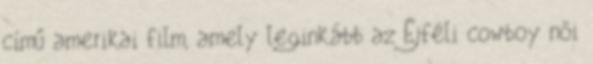
című amerikai film, amely leginkább az Éjféli cowboy női